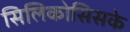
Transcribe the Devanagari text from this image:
सिलिकोसिसके